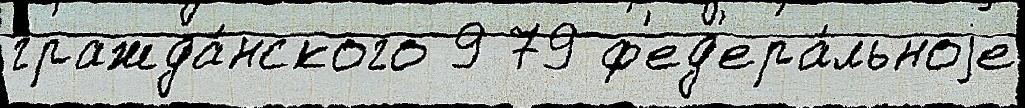
гражда́нского 9 79 ф'ед'ера́льноjе